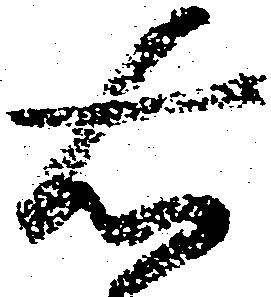
右